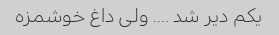
یکم دیر شد …. ولی داغ خوشمزه